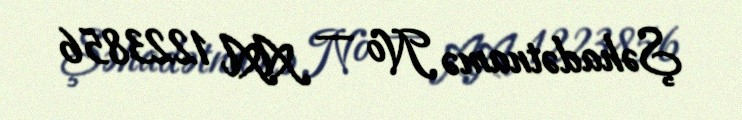
Şəhadətnamə № — AA 1223856